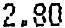
2.80